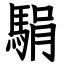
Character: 駽